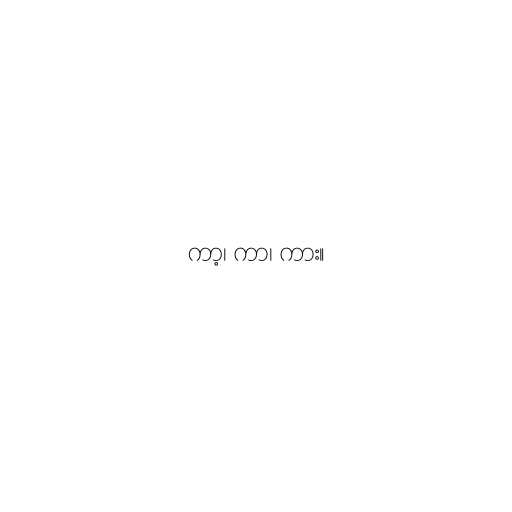
ကာ့၊ ကာ၊ ကား။